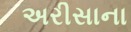
અરીસાના